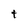
Character: t